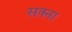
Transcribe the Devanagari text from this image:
सक्ना